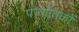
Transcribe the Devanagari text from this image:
पर्ज्यातकों